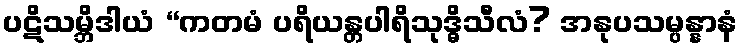
ပဋိသမ္ဘိဒါယံ “ကတမံ ပရိယန္တပါရိသုဒ္ဓိသီလံ? အနုပသမ္ပန္နာနံ